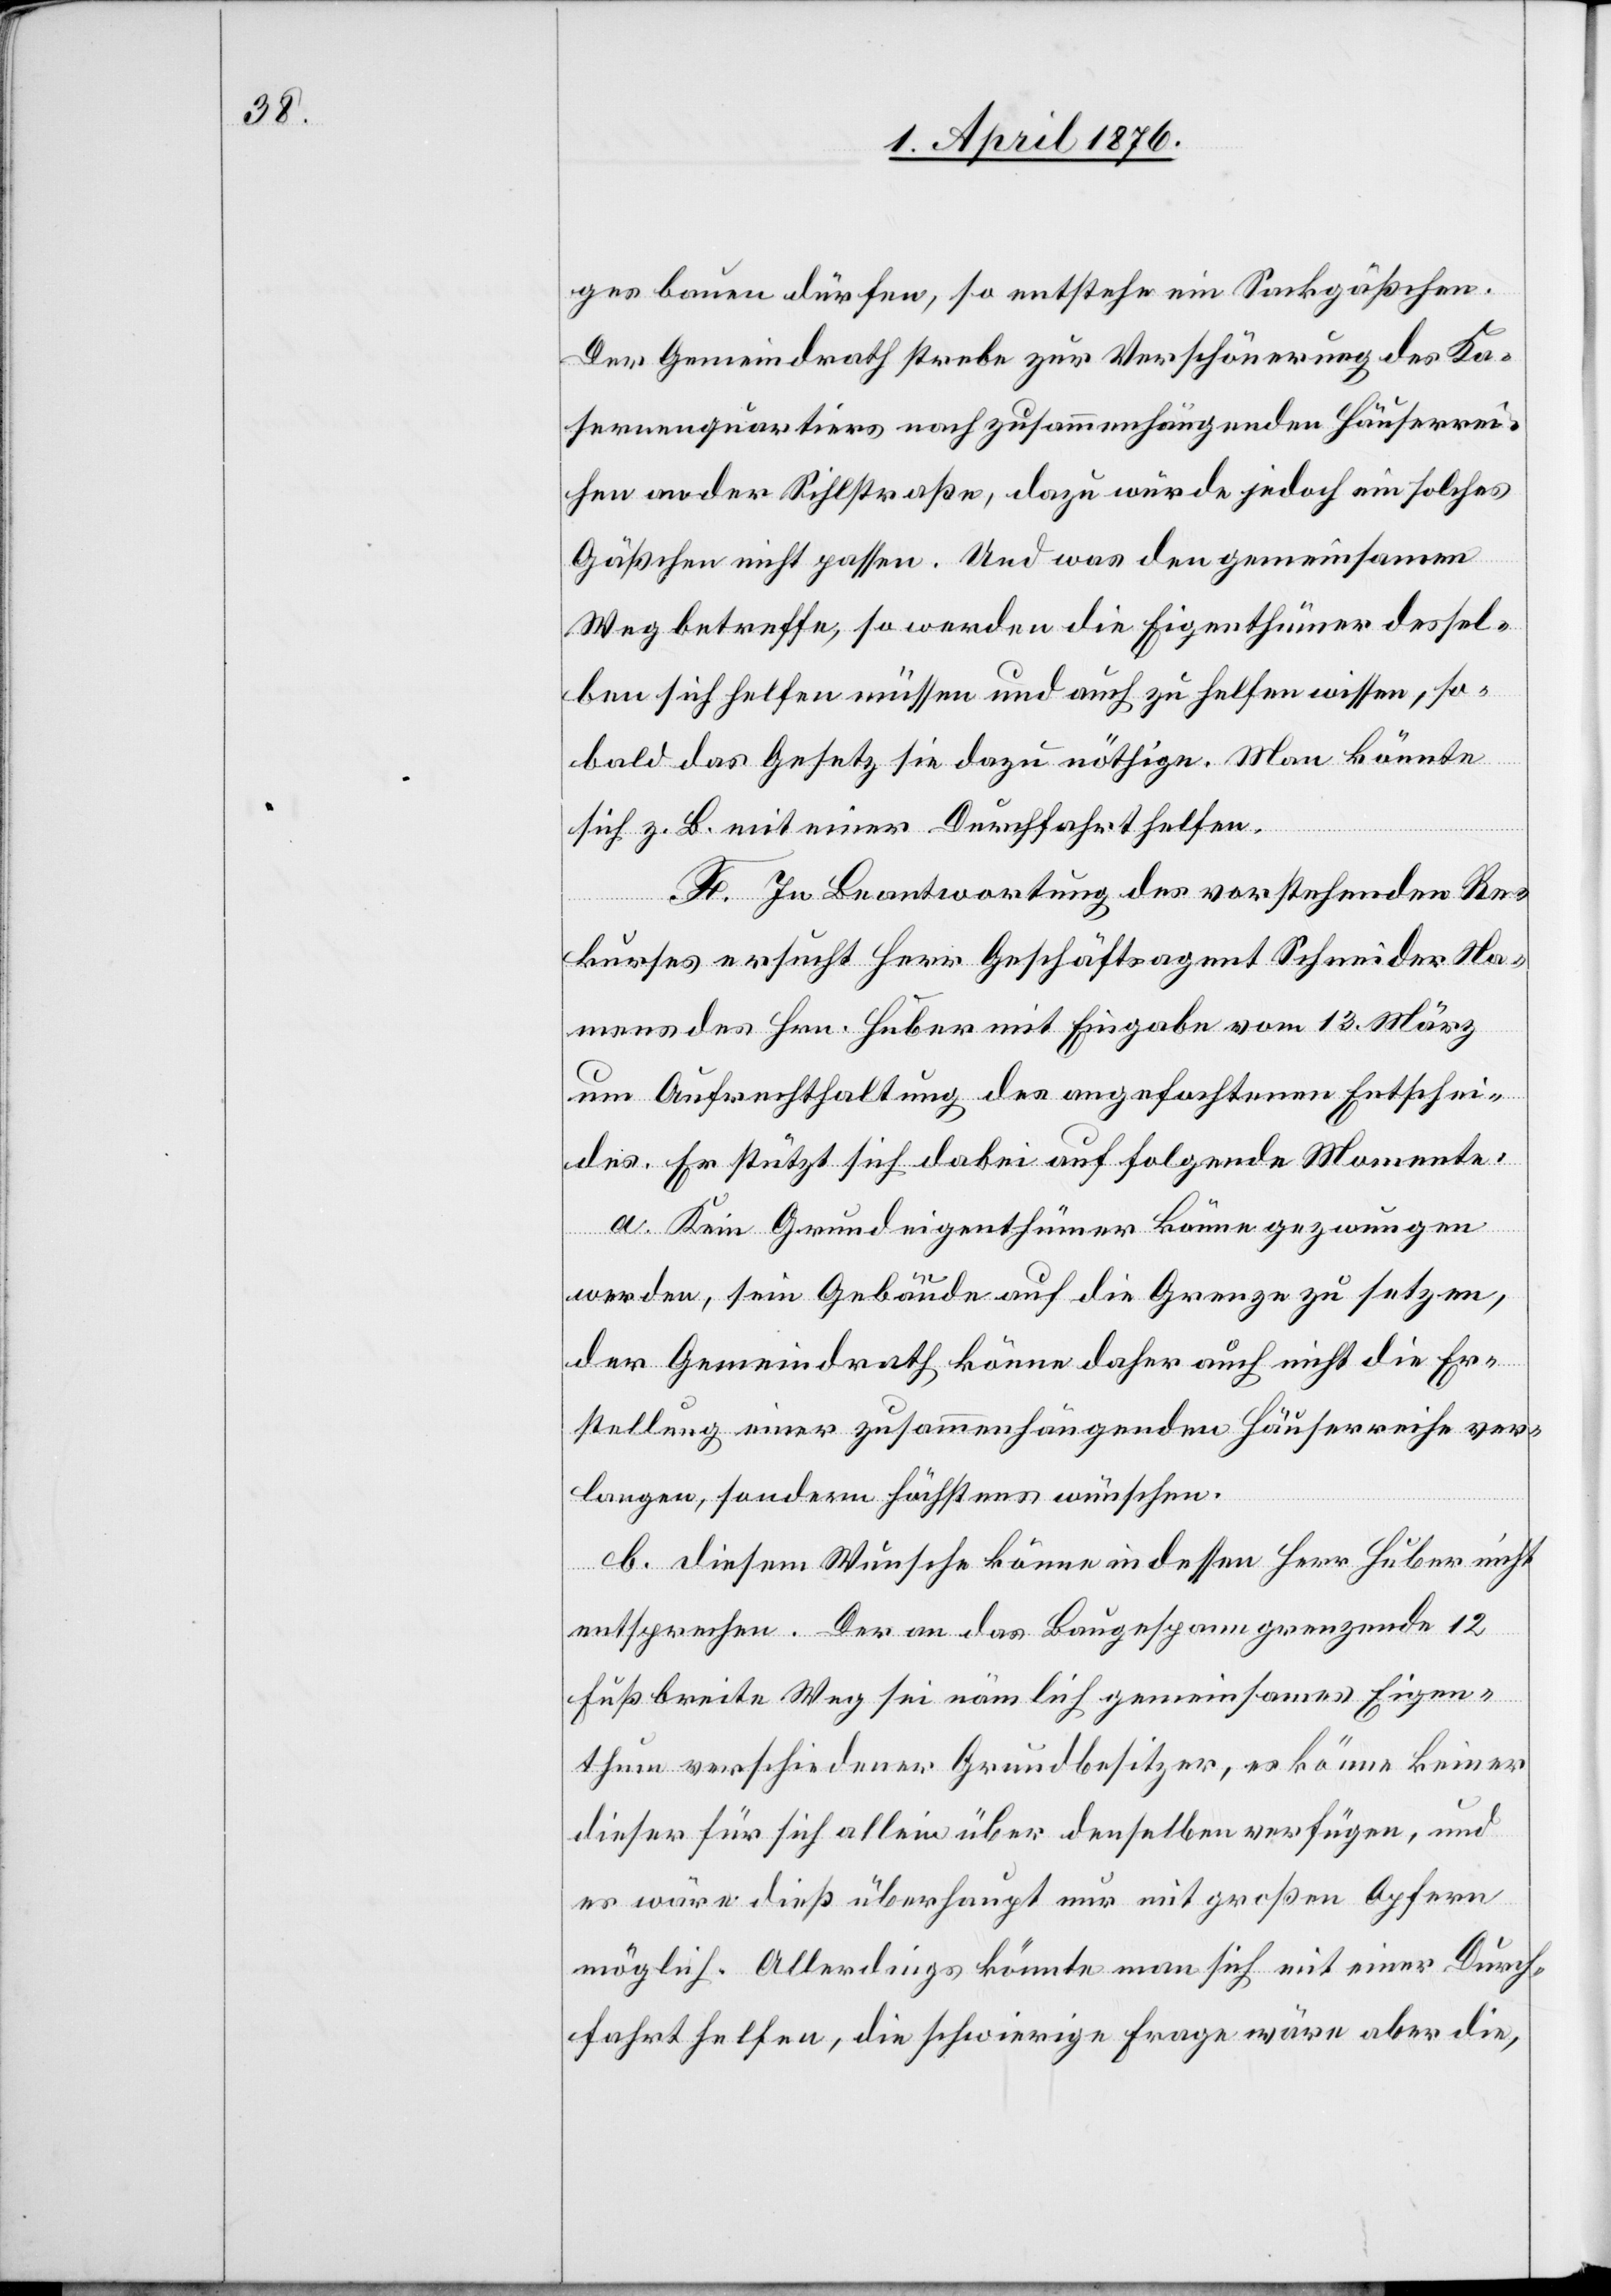
ges bauen dürfen, so entstehe ein Sackgäßchen.
Der Gemeindrath strebe zur Verschönerung des Ka¬
sernenquartiers nach zusammenhängenden Häuserrei¬
hen an der Sihlstraße, dazu würde jedoch ein solches
Gäßchen nicht passen. Und was den gemeinsamen
Weg betreffe, so werden die Eigenthümer dessel¬
ben sich helfen müssen und auch zu helfen wissen, so¬
bald das Gesetz sie dazu nöthige. Man könnte
sich z. B. mit einer Durchfahrt helfen.
F. In Beantwortung des vorstehenden Re¬
kurses ersucht Herr Geschäftsagent Schneider Na¬
mens des Hrn. Huber mit Eingabe vom 13. März
um Aufrechthaltung des angefochtenen Entschei¬
des. Er stützt sich dabe3i auf folgende Momente:
a. Kein Grundeigenthümer könne gezwungen
werden, sein Gebäude auf die Grenze zu setzen,
der Gemeindrath könne daher auch nicht die Er¬
stellung einer zusammenhängenden Häuserreihe ver¬
langen, sondern höchstens wünschen.
b. diesem Wunsche könne in dessen Herr Huber nicht
entsprechen. Der an das Baugespann grenzende 12
Fuß breite Weg sei nämlich gemeinsames Eigen¬
thum verschiedener Grundbesitzer, es könne keiner
dieser für sich allein über denselben verfügen, und
es wäre dieß überhaupt nur mit großen Opfern
möglich. Allerdings könnte man sich mit einer Durch¬
fahrt helfen, die schwierige Frage wäre aber die,